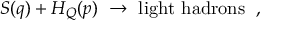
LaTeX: S ( q ) + H _ { Q } ( p ) \; \to \mathrm { ~ l i g h t ~ h a d r o n s ~ } \; ,